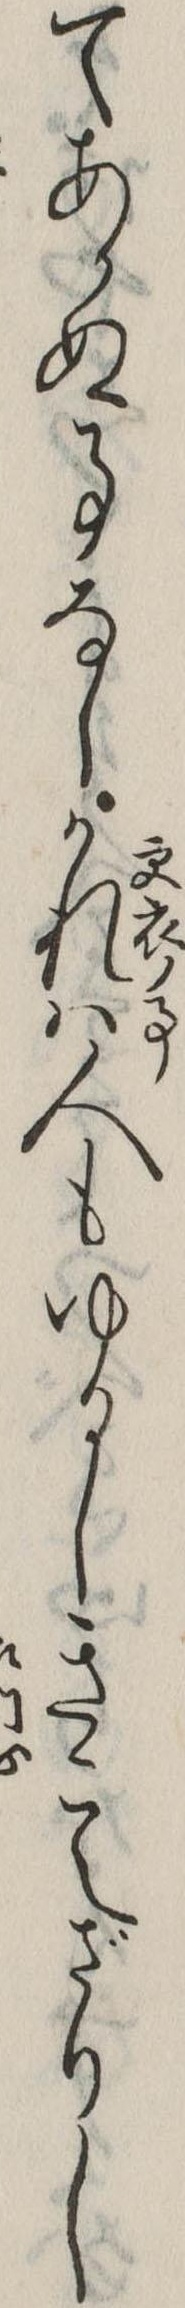
てあかぬ事なしかれは人もゆるしきこえざりし